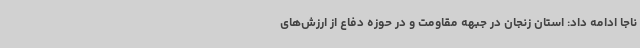
ناجا ادامه داد: استان زنجان در جبهه مقاومت و در حوزه دفاع از ارزش‌های